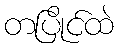
တပြိုင်ထဲ